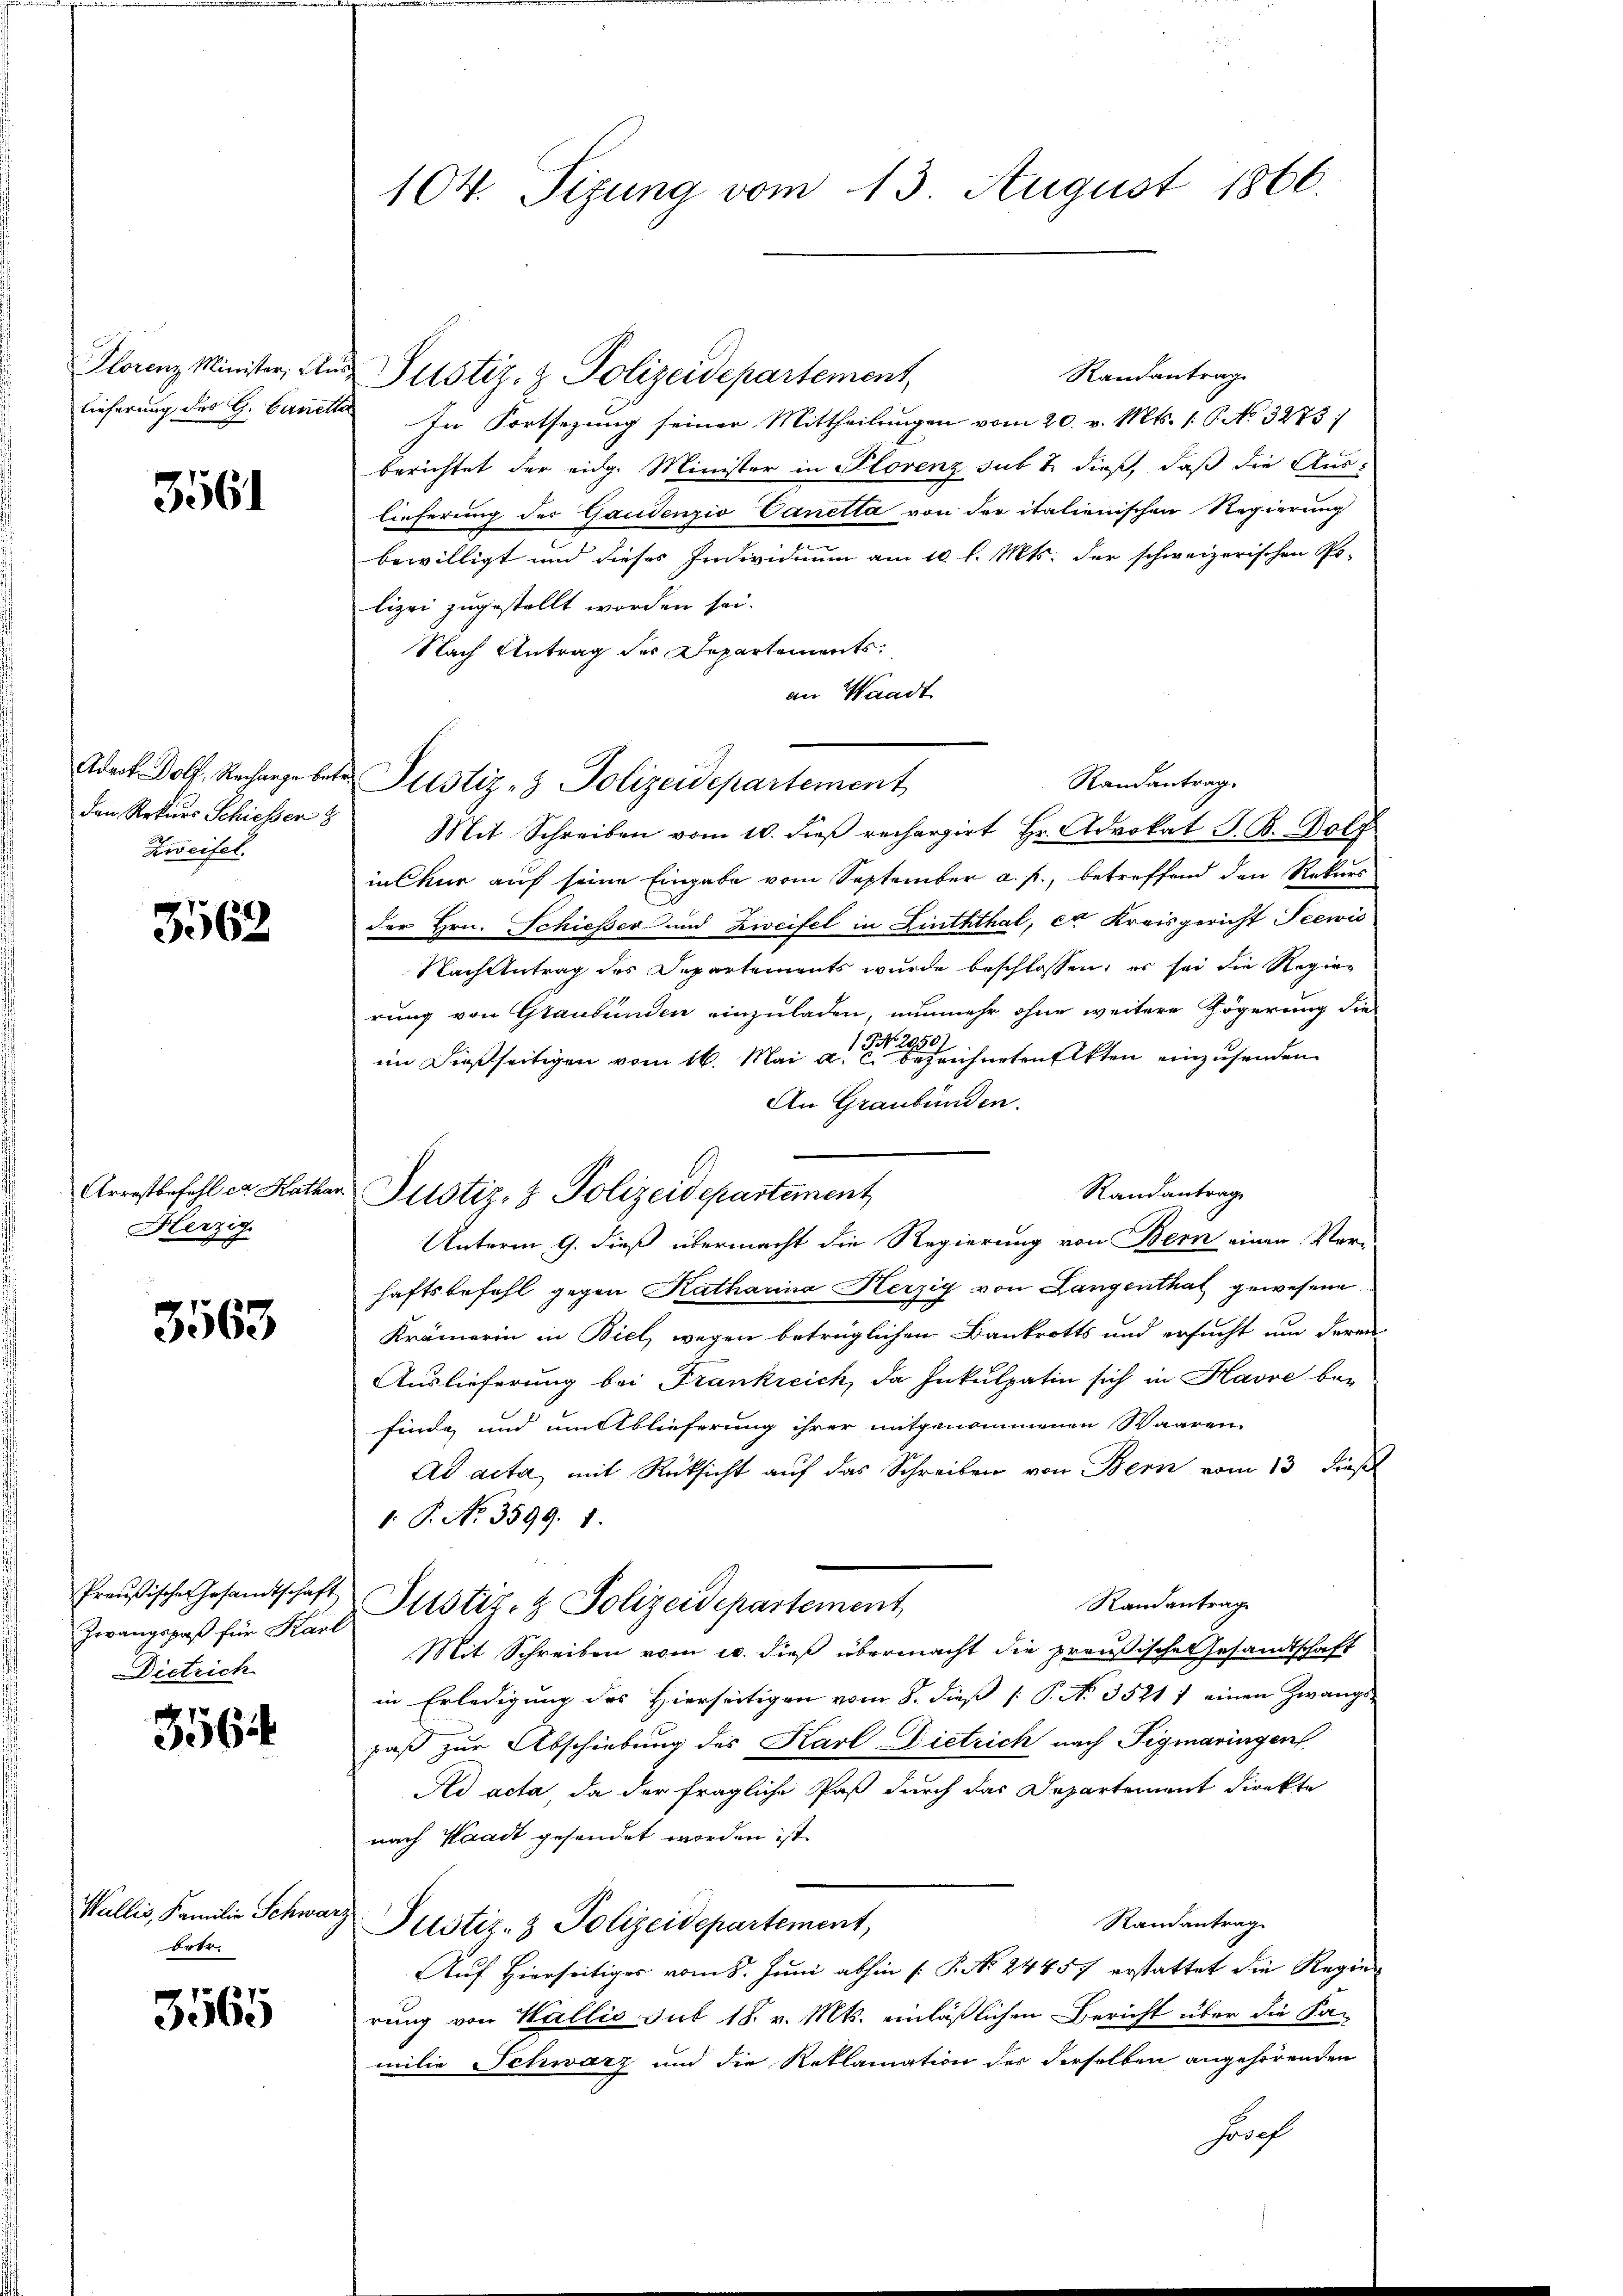
Plorenz Minister, An
lieferung des G. Bauer

3561

Adrok Dolf, Recharge bei
den Rekurs Schiesser
Zweifel.

3562

Arrestbefehl ca Kathan
Herzig

3563

Zwangspaß für Karl
Dietrich

3564

Wallis, Familie Schwa
betr.

3565

104. Sizung vom 13 August 1866

Randantrag
Justiz- & Polizeidepartement,
In Fortsezung seiner Mittheilungen vom 20. v. Mts. 16. No 3275:
berichtet der eidg. Minister in Plorenz sub & dieß, daß die Auslieferung des Gaudenzio Canetta von der italienischen Regierung
bewilligt und dieses Individium am 10. l. Mts. der schweizerischen Po-
lizei zugestellt worden sei.
Nach Antrag des Departements.
an Waadt
Randantrag.
Mit Schreiben vom 10. dieβ rechargirt Hr. Advokat J. B. Bolf
in Chur auf seine Eingabe vom September a. p., betreffend den Rekurs
der Hrn. Schiesser und Zweifel in Linththal, et Kreisgericht Seewis
Nach Antrag des Departements wurde beschlossen, es sei die Regierung von Graubünden einzuladen, nunmehr ohne weitere Zögerung die
im dießseitigen vom 16. Mai d. reichneten Akten einzusenden.
An Graubünden.
Randantrag
Unterm 9. dieß übermacht die Regierung von Bern einen Ver-
haftsbefehl gegen Katharina Herzig von Langenthat gewesene
Krämerin in Biel wegen betrüglichen Bankrotts und ersucht um deren
Auslieferung bei Frankreich, da Inkulpatin sich in Havre befinde und um Ablieferung ihrer mitgenommenen Waaren
Ad acta, mit Rücksicht auf das Schreiben von Bern vom 13 dies
1. P. No. 3599. 1.
Preußische Gesandtschaft Pustiz- & Polizeidepartement
Randantrag
Mit Schreiben vom 20. dieß übermacht die preußische Gesandtschaft
in Erledigung des Hierseitigen vom 8. dieß [ P. No. 3521 7 einen Zwangs-
paß zur Abschiebung des Karl-Dietrich nach Tigmaringen
Ad acta da der fragliche Paß durch das Departement direkte
nach Waadt gesendet worden ist.
Randantrag
& Justiz- & Polizeidepartement,
Auf Hierseitiges vom 8. Juni abhin [ P. Nr. 24457 erstattet die Regierung von Wallis sub 18. v. Mts. einläßlichen Bericht über die Fa-
milie Schwarz und die Reklamation des derselben angehörenden
Jodof

Justiz- & Polizeidepartement

Justiz- & Polizeidepartement